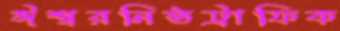
ঈশ্বরনিষ্ঠট্রাফিক